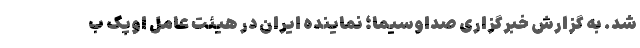
شد. به گزارش خبرگزاری صداوسیما؛ نماینده ایران در هیئت عامل اوپک ب